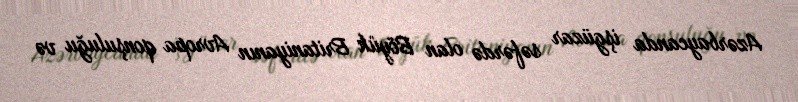
Azərbaycanda işgüzar səfərdə olan Böyük Britaniyanın Avropa qonşuluğu və